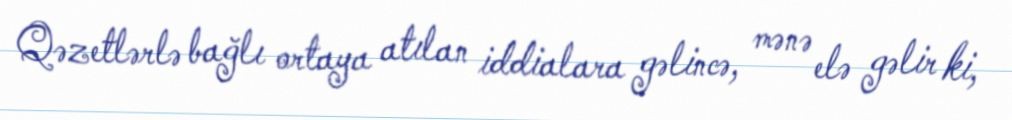
Qəzetlərlə bağlı ortaya atılan iddialara gəlincə, mənə elə gəlir ki,